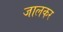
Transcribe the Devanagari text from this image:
जालकर